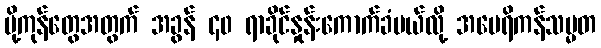
ပို့ကုန်တွေအတွက် အခွန် ၄၀ ရာခိုင်နှုန်းကောက်ခံမယ်လို့ အမေရိကန်သမ္မတ